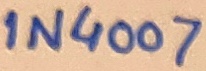
Text: 1N4007